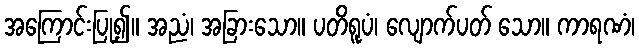
အကြောင်းပြု၍။ အညံ၊ အခြားသော။ ပတိရူပံ၊ လျောက်ပတ် သော။ ကာရဏံ၊